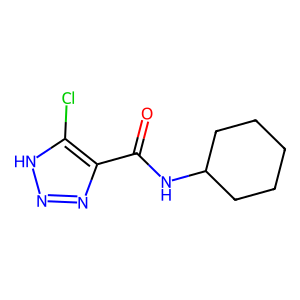
SMILES: O=C(NC1CCCCC1)c1nn[nH]c1Cl
Inhibits HIV replication: No